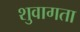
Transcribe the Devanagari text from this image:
शुवागता